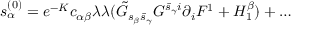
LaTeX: s _ { \alpha } ^ { ( 0 ) } = e ^ { - K } c _ { \alpha \beta } \lambda \lambda ( \tilde { G } _ { s _ { \beta } \bar { s } _ { \gamma } } G ^ { \bar { s } _ { \gamma } i } \partial _ { i } F ^ { 1 } + H _ { 1 } ^ { \beta } ) + \dots